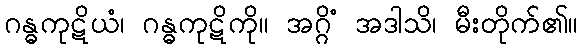
ဂန္ဓကုဋိယံ၊ ဂန္ဓကုဋိကို။ အဂ္ဂိံ အဒါသိ၊ မီးတိုက်၏။